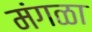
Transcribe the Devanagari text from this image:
मंगळा